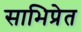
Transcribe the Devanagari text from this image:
साभिप्रेत